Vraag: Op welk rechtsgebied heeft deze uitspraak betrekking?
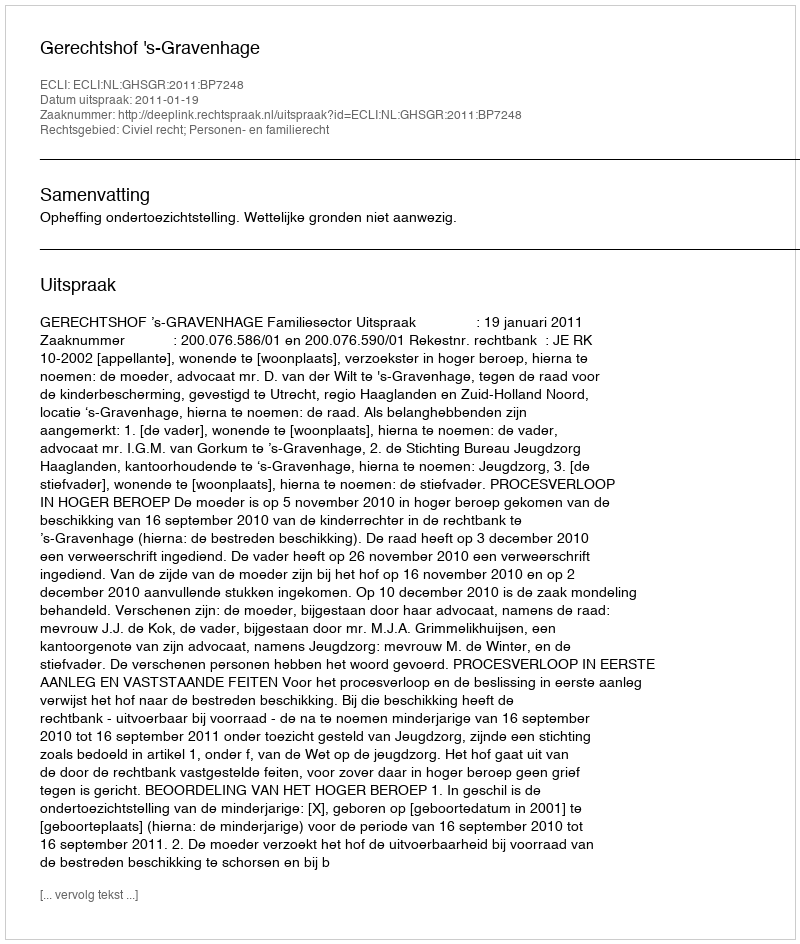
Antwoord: Civiel recht; Personen- en familierecht